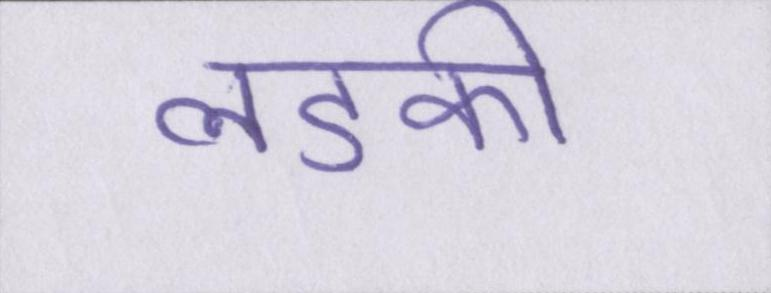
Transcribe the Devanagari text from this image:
लडकी